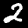
Digit: 2